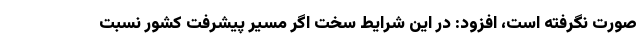
صورت نگرفته است، افزود: در این شرایط سخت اگر مسیر پیشرفت کشور نسبت